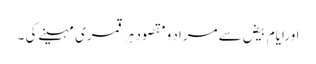
اورایام بیض سےمراد ومقصود ہرقمری مہینےکی ۔